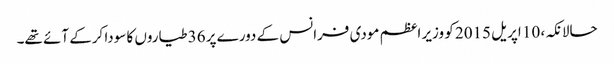
حالانکہ، 10 اپریل 2015 کو وزیر اعظم مودی فرانس کے دورے پر 36 طیاروں کا سودا کرکے آئے تھے۔